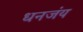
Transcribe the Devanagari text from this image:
धनजंय